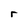
Character: r